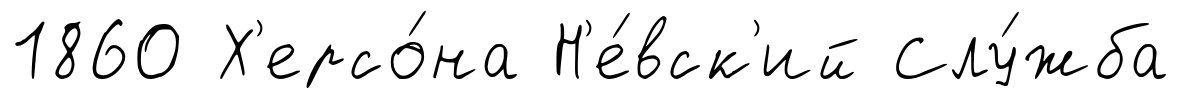
1860 Х'ерсо́на Н'е́вск'ий Слу́жба